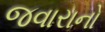
જવારાનો